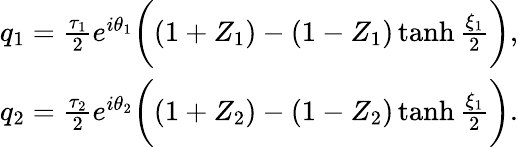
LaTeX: \begin{array}{r}{q_{1}=\frac{\tau_{1}}{2}e^{i\theta_{1}}\bigg((1+Z_{1})-(1-Z_{1})\operatorname{tanh}\frac{\xi_{1}}{2}\bigg),}\\ {q_{2}=\frac{\tau_{2}}{2}e^{i\theta_{2}}\bigg((1+Z_{2})-(1-Z_{2})\operatorname{tanh}\frac{\xi_{1}}{2}\bigg).}\end{array}